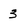
Character: 3